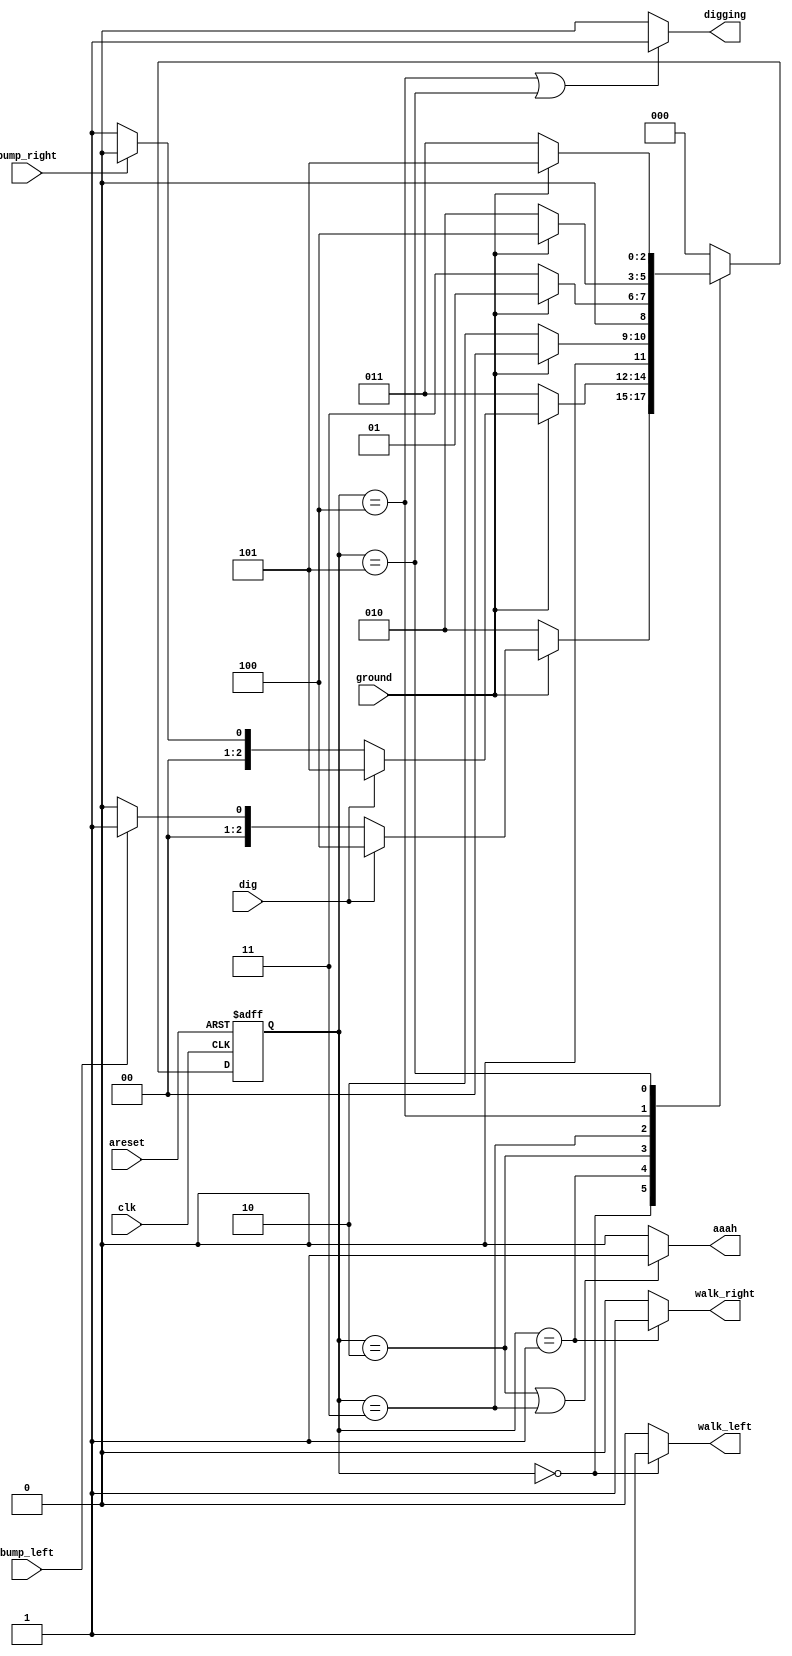
module top_module(
    input clk,
    input areset,    // Freshly brainwashed Lemmings walk left.
    input bump_left,
    input bump_right,
    input ground,
    input dig,
    output walk_left,
    output walk_right,
    output aaah,
    output digging );
    
    parameter LEFT_GND=3'b000, RIGHT_GND=3'b001, LEFT_AAAH=3'b010, RIGHT_AAAH=3'b011, LEFT_DIG=3'b100, RIGHT_DIG=3'b101;
    reg [2:0] state, next_state;
    
    always @(posedge clk or posedge areset) begin
        if(areset)
            state <= LEFT_GND;
        else
            state <= next_state;
    end
    
    always @(*) begin
        case(state)
            LEFT_GND : next_state <= ground ? (dig ? LEFT_DIG : (bump_left ? RIGHT_GND : LEFT_GND)) : LEFT_AAAH;
            RIGHT_GND : next_state <= ground ? (dig ? RIGHT_DIG : (bump_right ? LEFT_GND : RIGHT_GND)) : RIGHT_AAAH;
            LEFT_AAAH : next_state <= ground ? LEFT_GND : LEFT_AAAH;
            RIGHT_AAAH : next_state <= ground ? RIGHT_GND : RIGHT_AAAH;
            LEFT_DIG : next_state <= ground ? LEFT_DIG : LEFT_AAAH;
            RIGHT_DIG : next_state <= ground ? RIGHT_DIG : RIGHT_AAAH;
            default: next_state <= LEFT_GND;
        endcase
    end
    
    assign walk_left = (state == LEFT_GND) ? 1'b1 : 1'b0;
    assign walk_right = (state == RIGHT_GND) ? 1'b1 : 1'b0;
    assign aaah = (state == LEFT_AAAH || state == RIGHT_AAAH) ? 1'b1 : 1'b0;
    assign digging = (state == LEFT_DIG || state == RIGHT_DIG) ? 1'b1 : 1'b0;

endmodule